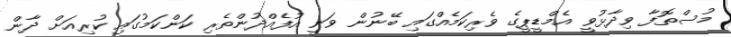
މުސްތޮފާ ވިދާޅުވީ އެމްޑީޕީގެ ވެރިކަމެއްގައި ބޭނުން ވަނީ އުފެއްދުންތެރި ކަންކަމުގައި ކުރިއަށް ދާން